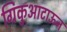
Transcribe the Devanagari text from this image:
ग्रिकुआटाऊन